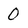
Character: 0